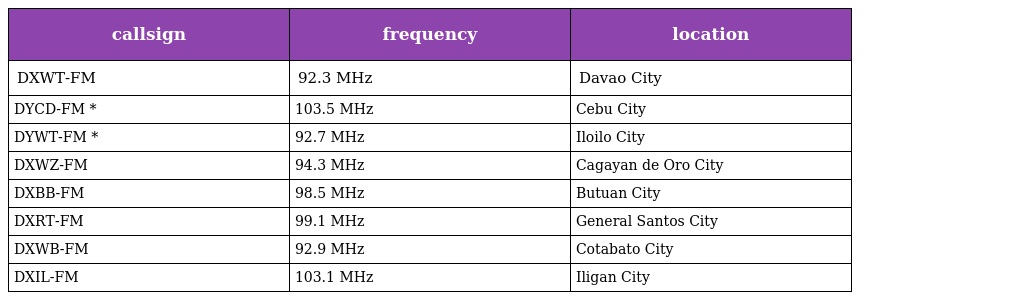
| callsign | frequency | location |
 | --- | --- | --- |
 | DXWT-FM | 92.3 MHz | Davao City |
 | DYCD-FM * | 103.5 MHz | Cebu City |
 | DYWT-FM * | 92.7 MHz | Iloilo City |
 | DXWZ-FM | 94.3 MHz | Cagayan de Oro City |
 | DXBB-FM | 98.5 MHz | Butuan City |
 | DXRT-FM | 99.1 MHz | General Santos City |
 | DXWB-FM | 92.9 MHz | Cotabato City |
 | DXIL-FM | 103.1 MHz | Iligan City |